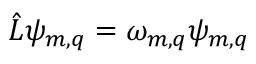
\hat { L } \psi _ { m , q } = \omega _ { m , q } \psi _ { m , q }